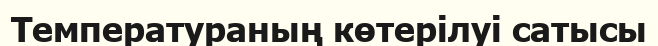
Температураның көтерілуі сатысы